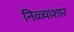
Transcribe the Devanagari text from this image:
निळ्याशार